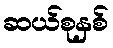
ဆယ်စုနှစ်